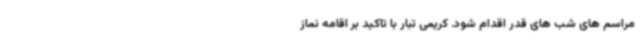
مراسم های شب های قدر اقدام شود. کریمی تبار با تاکید بر اقامه نماز